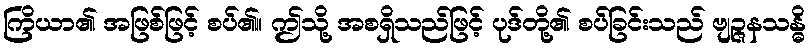
ကြိယာ၏ အဖြစ်ဖြင့် စပ်၏။ ဤသို့ အစရှိသည်ဖြင့် ပုဒ်တို့၏ စပ်ခြင်းသည် ဗျဉ္ဇနသန္ဓိ